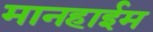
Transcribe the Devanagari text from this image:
मानहाईम